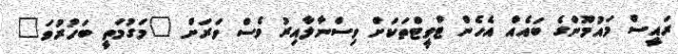
ރައީސް މައުމޫންގެ ބައެއް އެހެން ޓްވީޓްތަކަށް ވިސްނާލާއިރު ވެސް ވަރަށް "މަގުމަތީ ބަހުރުވަ"